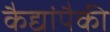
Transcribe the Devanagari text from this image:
कैद्यांपैकी